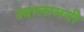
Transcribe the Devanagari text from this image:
ज्‍वालामयी